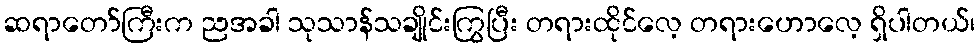
ဆရာတော်ကြီးက ညအခါ သုသာန်သချိုင်းကြွပြီး တရားထိုင်လေ့ တရားဟောလေ့ ရှိပါတယ်၊